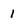
Character: 1